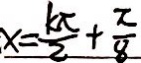
x = \frac { k \pi } { 2 } + \frac { \pi } { 8 }